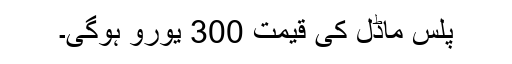
پلس ماڈل کی قیمت 300 یورو ہوگی۔